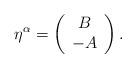
LaTeX: \begin{align*}\eta^{\alpha} =\left(\begin{array}{c} B\\ -A\end{array} \right).\end{align*}